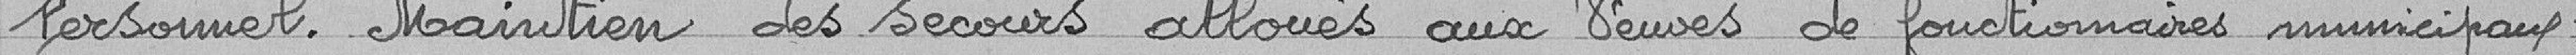
Personnel. Maintien des secours alloués aux veuves de fonctionnaires municipaux